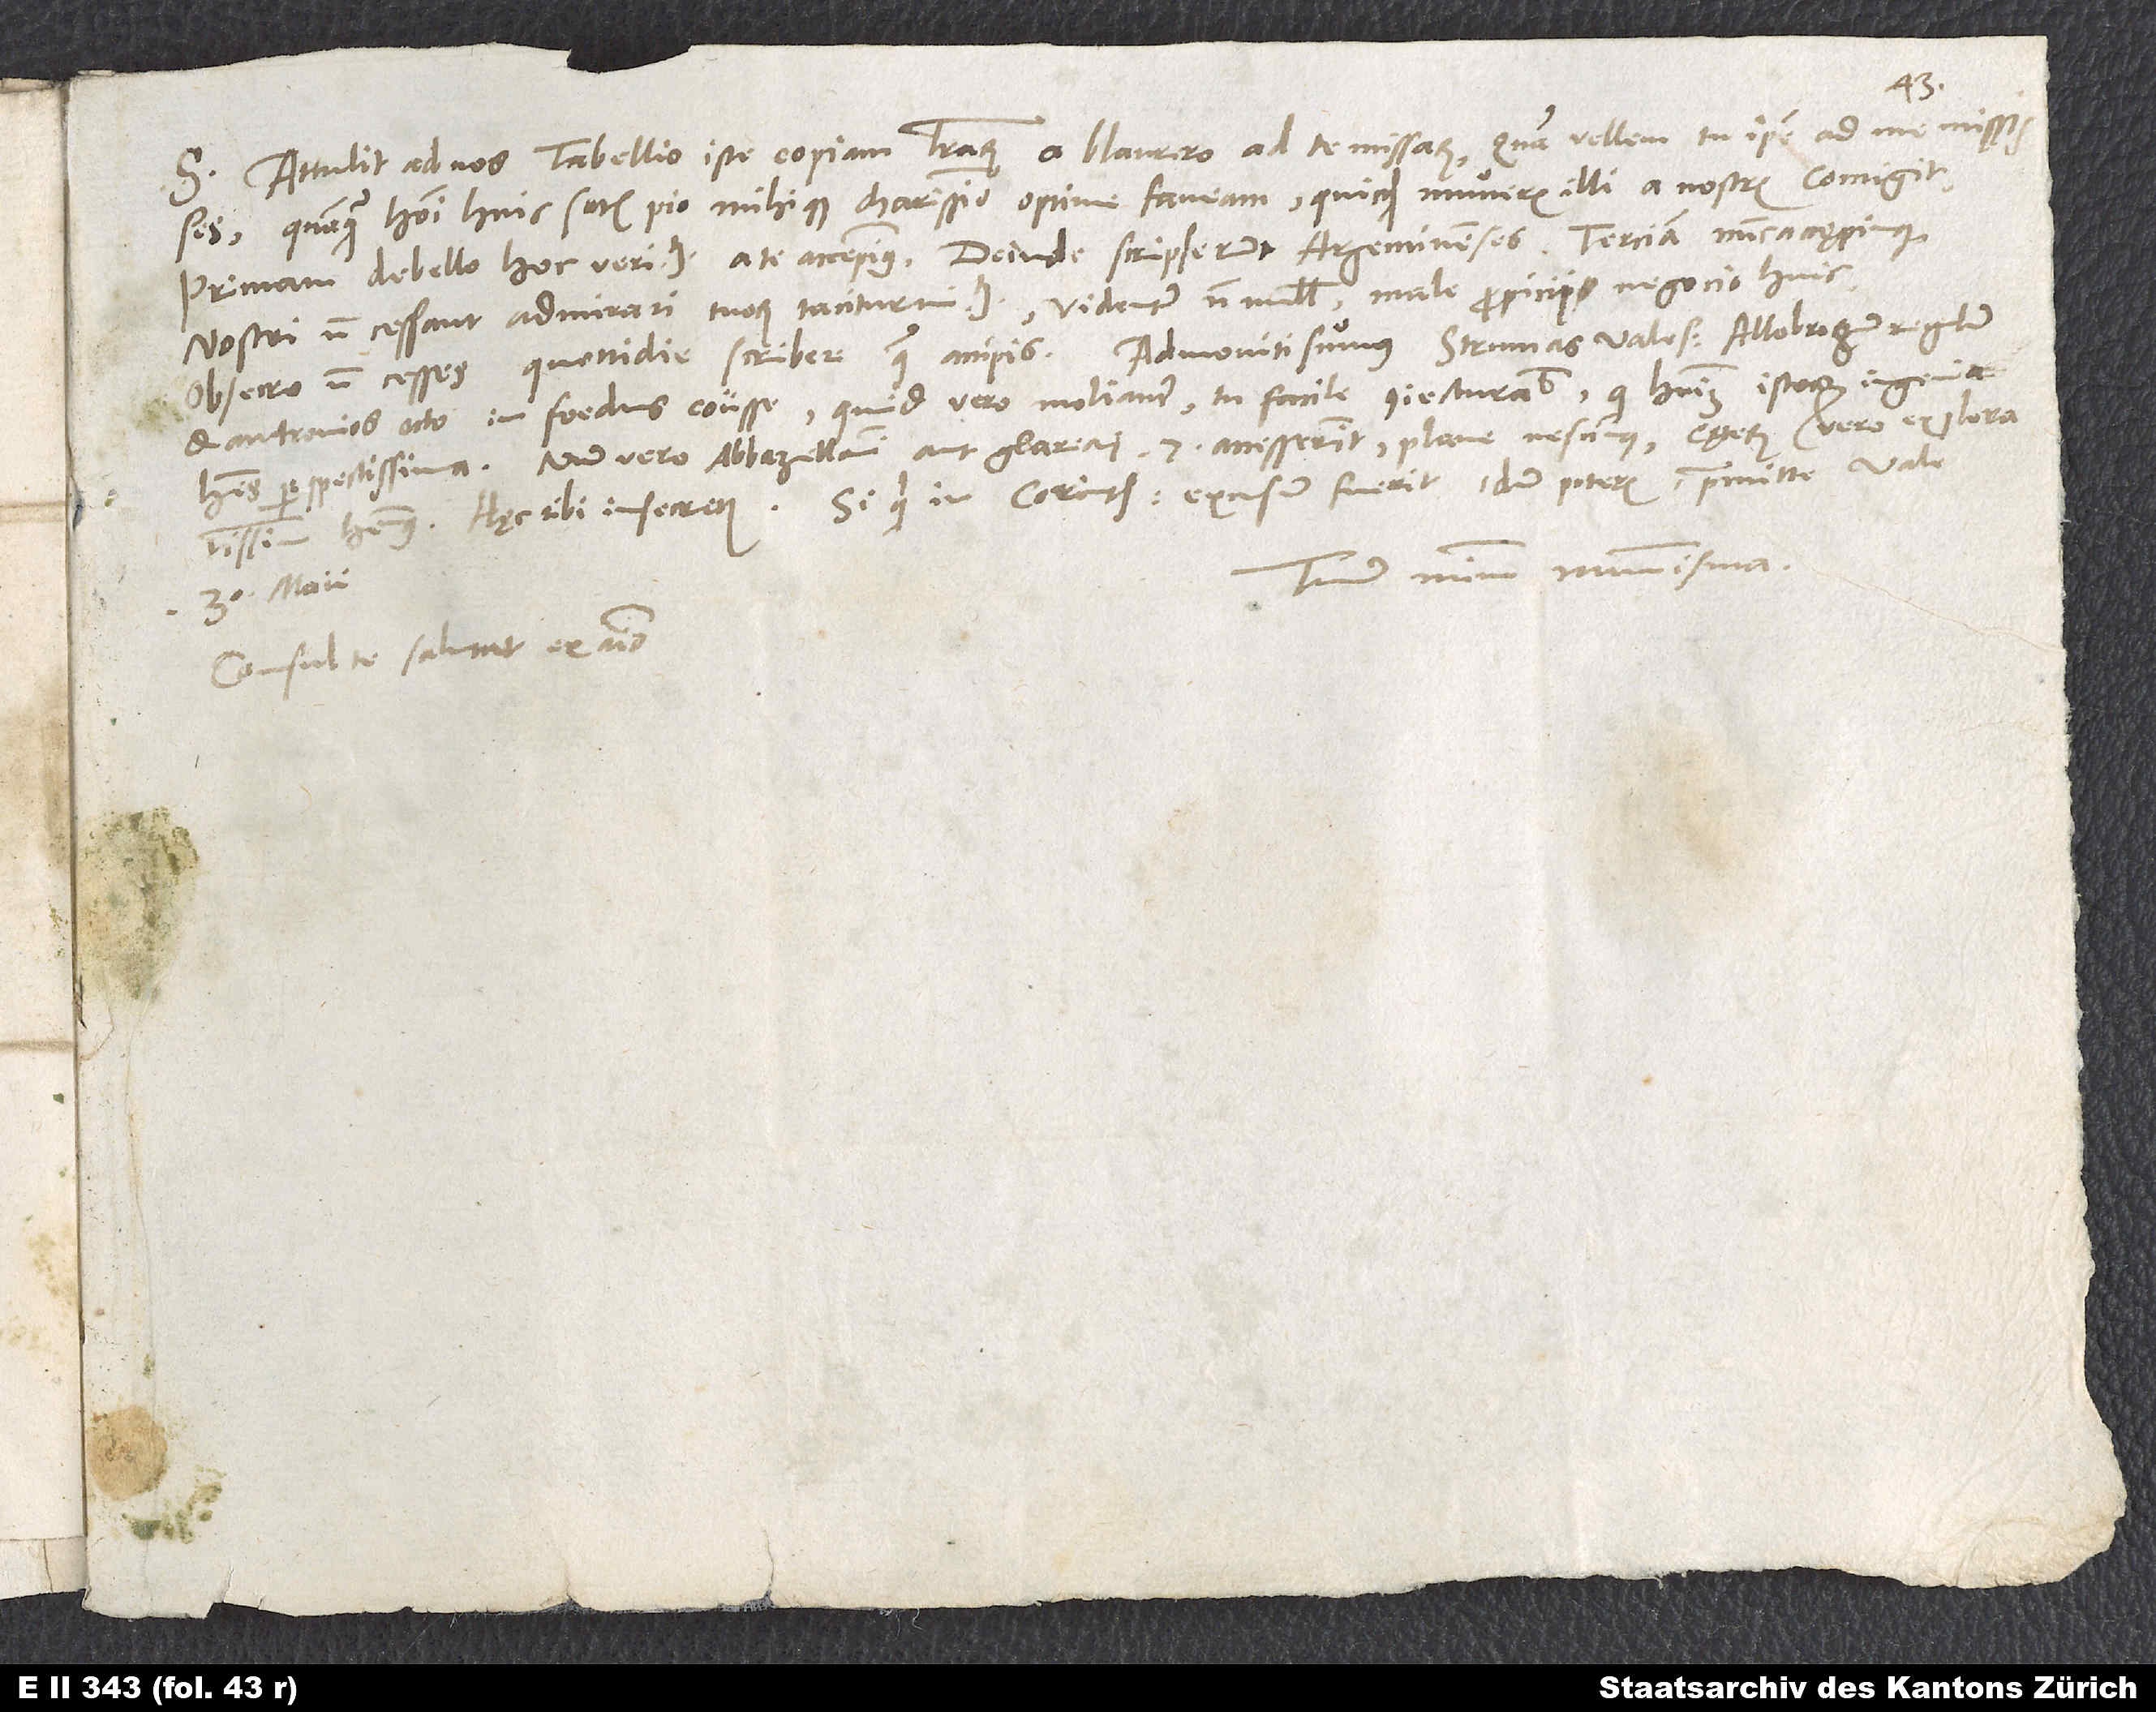
S. Attulit ad nos tabellio iste copiam literarum a Blaurero ad te missarum, quam vellem tu ipse ad me misisses,
quanquam homini huic satis pio mihique charissimo optime faveam, quicquid muneris illi a nostris contigit.
Primam de bello hoc veritatem a te accepimus. Deinde scripserunt Argentinenses. Terciam nunc accępimus.
Nostri non cessant admirari tuorum taciturnitatem. Videntur nonnulli male propicii negocio huic.
Obsecro non cesses quottidie scribere quae accipis. Admoniti sumus strumas Vales, Allobrogum regulum
et Antronios octo in foedus coiisse. Quid vero moliantur, tu facile coniecturabis, qui hominum istorum ingenia
habes perspectissima. Num vero Abbazellani aut Glareani 7 accesserint, plane nescimus, cęterum vero exploratissimum
Tuum minimum nummisma.
30. maii.
Consul te salutat ex animo.